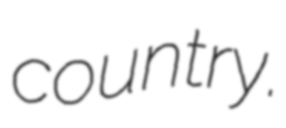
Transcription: country.